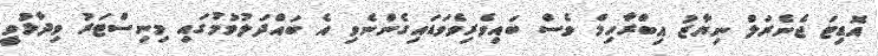
އޮޑިޓަ ޖެނެރަލް ނިޔާޒު އިބްރާހިމް ވެސް ބައިވެރިވެވަޑައިގެންނެވި އެ ބައްދަލުވުމުގައި މިނިސްޓަރު ވިދާޅުވީ